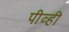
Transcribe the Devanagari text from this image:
पीव्ही